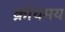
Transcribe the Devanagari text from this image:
क्रोधमय